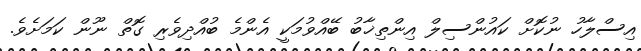
އިސްލާހު ނުކޮށް ކައުންސިލް އިންތިޚާބު ބޭއްވުމަކީ އެންމެ ބުއްދިވެރި ގޮތް ނޫން ކަމަށެވެ.